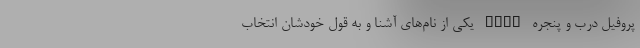
پروفیل درب و پنجره UPVC یکی از نام‌های آشنا و به قول خودشان انتخاب